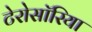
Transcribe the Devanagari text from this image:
टेरोसॉरिया